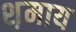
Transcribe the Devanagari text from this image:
श़माय